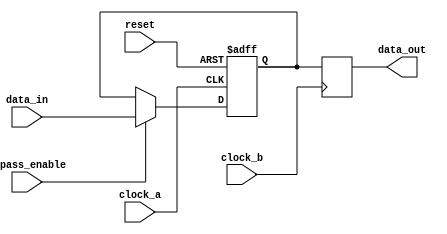
module Timing_Control_and_Synchronization_Blocks_Variable_Width_Bypass_Register (

    input wire clock_a,
    input wire clock_b,
    input wire reset,
    input wire bypass_enable,
    input wire [7:0] data_in,
    output reg [7:0] data_out

);

reg [7:0] storage_element;

always @(posedge clock_a or posedge reset) begin
    if (reset) begin
        storage_element <= 8'h00;
    end else begin
        if (bypass_enable) begin
            storage_element <= data_in;
        end
    end
end

always @(posedge clock_b) begin
    data_out <= storage_element;
end

endmodule